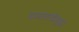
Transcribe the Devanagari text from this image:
मध्यरात्रीसुद्धा